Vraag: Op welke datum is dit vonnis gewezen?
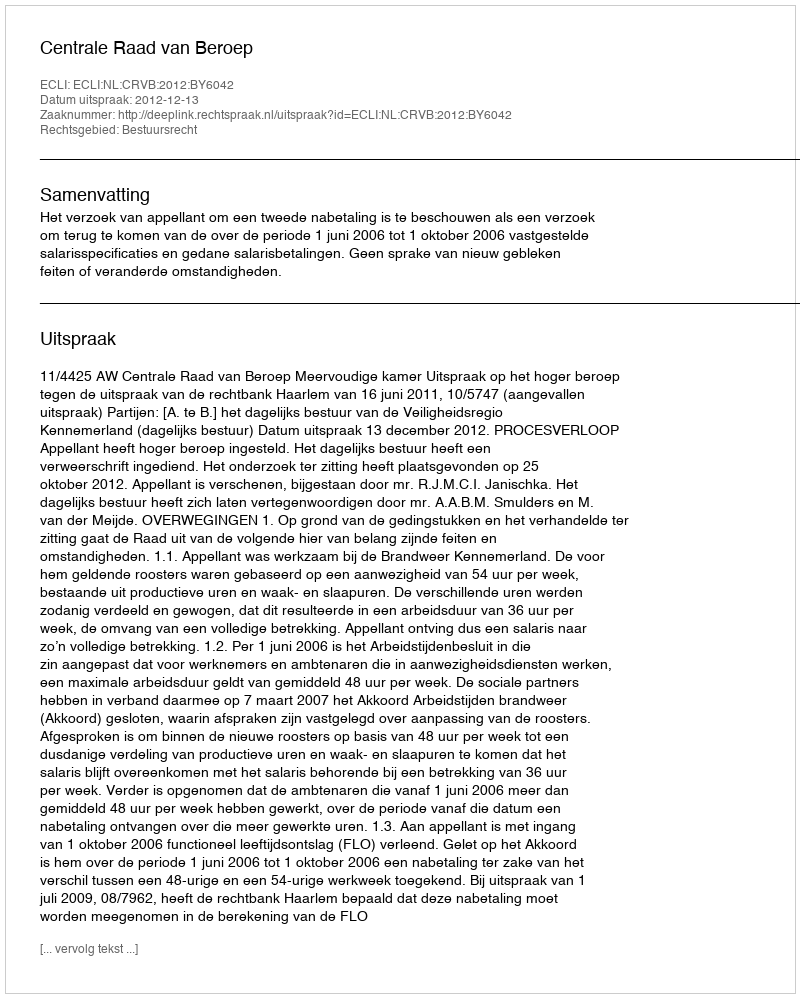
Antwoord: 2012-12-13